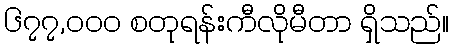
၆၇၇,၀၀၀ စတုရန်းကီလိုမီတာ ရှိသည်။